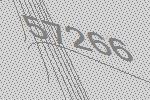
57266